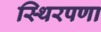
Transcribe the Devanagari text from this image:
स्थिरपणा